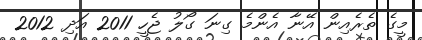
މީގެ ތެރެއިން އޭނާ އެންމެ ގިނަ ގޯލު ޖެހީ 2011 އަދި 2012